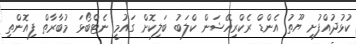
ކުޅުދުއްފުށި ޔޫތު އެންޑް ރެކްރިއޭޝަން ކްލަބު ބަލިކޮށް ގައުމީ ނެޓްބޯޅަ މުބާރާތް ފިއޮންތި